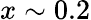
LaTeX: x\sim 0.2